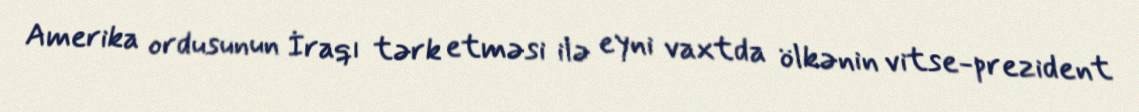
Amerika ordusunun İraqı tərk etməsi ilə eyni vaxtda ölkənin vitse-prezident